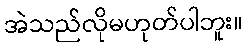
အဲသည်လိုမဟုတ်ပါဘူး။